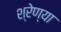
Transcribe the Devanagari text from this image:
श्रेण्या